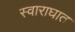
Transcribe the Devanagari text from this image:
स्वाराघात